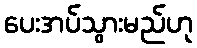
ပေးအပ်သွားမည်ဟု